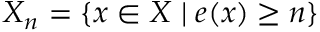
X _ { n } = \{ x \in X \mid e ( x ) \geq n \}